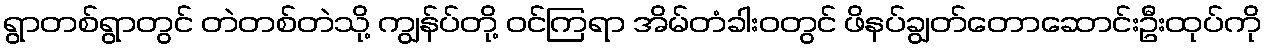
ရွာတစ်ရွာတွင် တဲတစ်တဲသို့ ကျွန်ပ်တို့ ဝင်ကြရာ အိမ်တံခါးဝတွင် ဖိနပ်ချွတ်တောဆောင်းဦးထုပ်ကို